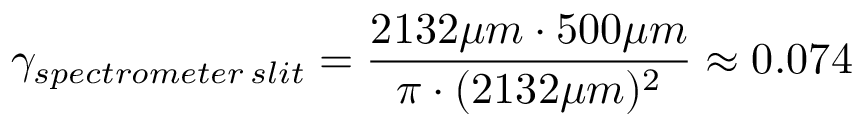
\gamma _ { s p e c t r o m e t e r \: s l i t } = \frac { 2 1 3 2 \mu m \cdot 5 0 0 \mu m } { \pi \cdot ( 2 1 3 2 \mu m ) ^ { 2 } } \approx 0 . 0 7 4